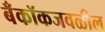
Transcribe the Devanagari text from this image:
बँकॉकजवळील